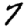
Digit: 7